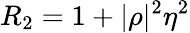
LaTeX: R_{2}=1+|\rho|^{2}\eta^{2}